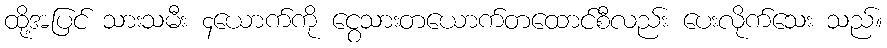
ထို့အပြင် သားသမီး ၄ယောက်ကို ငွေသားတယောက်တထောင်စီလည်း ပေးလိုက်သေး သည်။